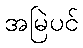
အမြဲပင်